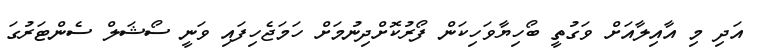
އަދި މި އާއިލާއަށް ވަގުތީ ބޯހިޔާވަހިކަން ފޯރުކޮށްދިނުމަށް ހަމަޖެހިފައި ވަނީ ސޯޝަލް ސެންޓަރުގަ